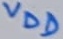
Text: VDD